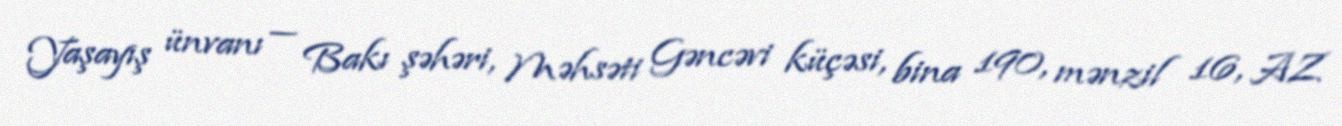
Yaşayış ünvanı — Bakı şəhəri, Məhsəti Gəncəvi küçəsi, bina 190, mənzil 16, AZ